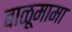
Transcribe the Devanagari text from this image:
बाळूमामा